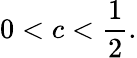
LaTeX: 0<c<{\frac{1}{2}}.